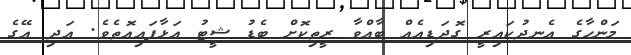
މަންހާގެ އެނދުކައިރީ ގޮދަޑިއެއް ބާއްވާ ރީތިކޮށް ބެޑު ޝީޓު އަޅާފައިއޮތެވެ. އަދި އޭގެ